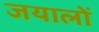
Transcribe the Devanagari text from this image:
जयालों